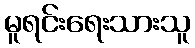
မူရင်းရေးသားသူ